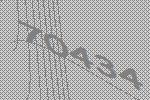
70434